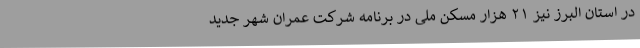
در استان البرز نیز ۲۱ هزار مسکن ملی در برنامه شرکت عمران شهر جدید